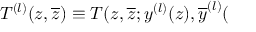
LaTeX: T ^ { ( l ) } ( z , \overline { { { z } } } ) \equiv T ( z , \overline { { { z } } } ; y ^ { ( l ) } ( z ) , \overline { { { y } } } ^ { ( l ) } (